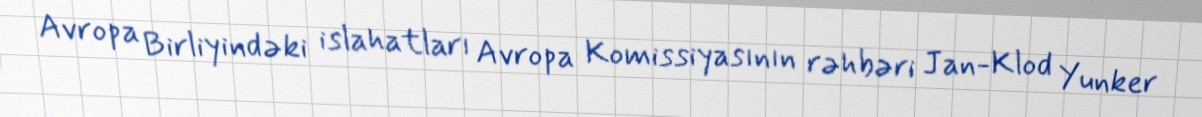
Avropa Birliyindəki islahatları Avropa Komissiyasının rəhbəri Jan-Klod Yunker